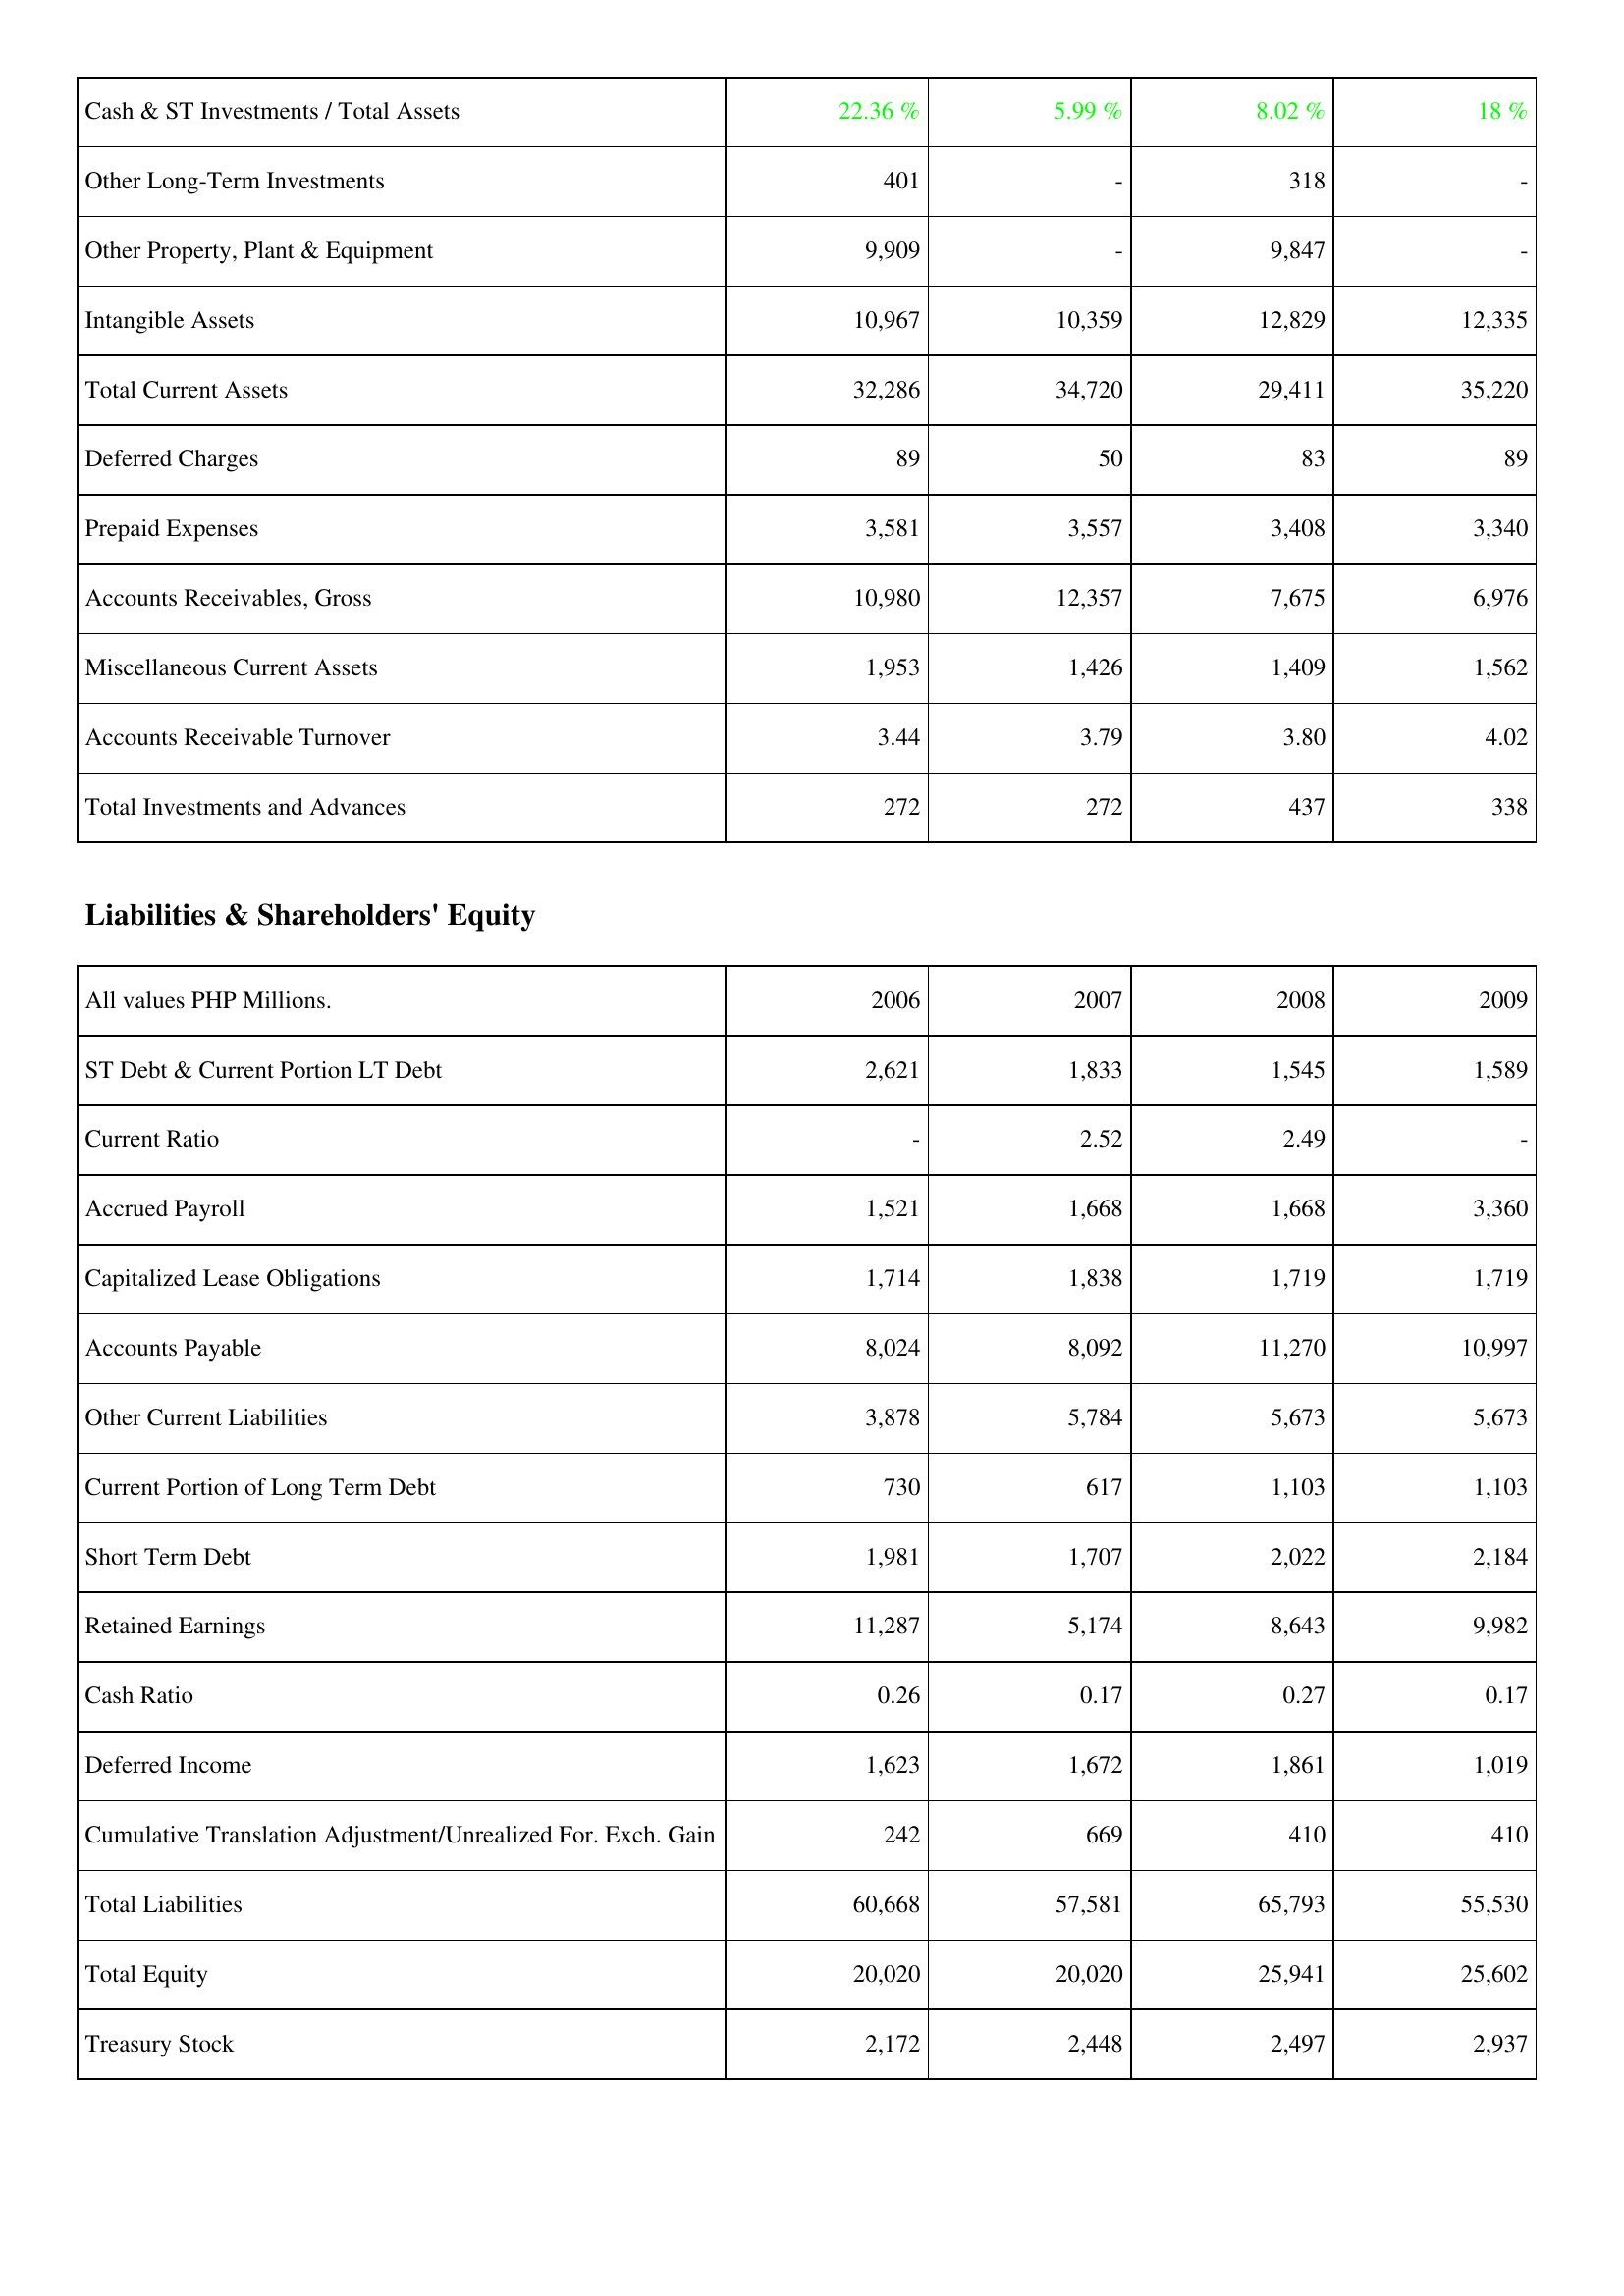
2006: Assets: Cash & ST Investments / Total Assets: 22.36 %
Other Long-Term Investments: 401
Other Property, Plant & Equipment: 9,909
Intangible Assets: 10,967
Total Current Assets: 32,286
Deferred Charges: 89
Prepaid Expenses: 3,581
Accounts Receivables, Gross: 10,980
Miscellaneous Current Assets: 1,953
Accounts Receivable Turnover: 3.44
Total Investments and Advances: 272
Liabilities & Shareholders' Equity: ST Debt & Current Portion LT Debt: 2,621
Current Ratio: -
Accrued Payroll: 1,521
Capitalized Lease Obligations: 1,714
Accounts Payable: 8,024
Other Current Liabilities: 3,878
Current Portion of Long Term Debt: 730
Short Term Debt: 1,981
Retained Earnings: 11,287
Cash Ratio: 0.26
Deferred Income: 1,623
Cumulative Translation Adjustment/Unrealized For. Exch. Gain: 242
Total Liabilities: 60,668
Total Equity: 20,020
Treasury Stock: 2,172
2007: Assets: Cash & ST Investments / Total Assets: 5.99 %
Other Long-Term Investments: -
Other Property, Plant & Equipment: -
Intangible Assets: 10,359
Total Current Assets: 34,720
Deferred Charges: 50
Prepaid Expenses: 3,557
Accounts Receivables, Gross: 12,357
Miscellaneous Current Assets: 1,426
Accounts Receivable Turnover: 3.79
Total Investments and Advances: 272
Liabilities & Shareholders' Equity: ST Debt & Current Portion LT Debt: 1,833
Current Ratio: 2.52
Accrued Payroll: 1,668
Capitalized Lease Obligations: 1,838
Accounts Payable: 8,092
Other Current Liabilities: 5,784
Current Portion of Long Term Debt: 617
Short Term Debt: 1,707
Retained Earnings: 5,174
Cash Ratio: 0.17
Deferred Income: 1,672
Cumulative Translation Adjustment/Unrealized For. Exch. Gain: 669
Total Liabilities: 57,581
Total Equity: 20,020
Treasury Stock: 2,448
2008: Assets: Cash & ST Investments / Total Assets: 8.02 %
Other Long-Term Investments: 318
Other Property, Plant & Equipment: 9,847
Intangible Assets: 12,829
Total Current Assets: 29,411
Deferred Charges: 83
Prepaid Expenses: 3,408
Accounts Receivables, Gross: 7,675
Miscellaneous Current Assets: 1,409
Accounts Receivable Turnover: 3.80
Total Investments and Advances: 437
Liabilities & Shareholders' Equity: ST Debt & Current Portion LT Debt: 1,545
Current Ratio: 2.49
Accrued Payroll: 1,668
Capitalized Lease Obligations: 1,719
Accounts Payable: 11,270
Other Current Liabilities: 5,673
Current Portion of Long Term Debt: 1,103
Short Term Debt: 2,022
Retained Earnings: 8,643
Cash Ratio: 0.27
Deferred Income: 1,861
Cumulative Translation Adjustment/Unrealized For. Exch. Gain: 410
Total Liabilities: 65,793
Total Equity: 25,941
Treasury Stock: 2,497
2009: Assets: Cash & ST Investments / Total Assets: 18 %
Other Long-Term Investments: -
Other Property, Plant & Equipment: -
Intangible Assets: 12,335
Total Current Assets: 35,220
Deferred Charges: 89
Prepaid Expenses: 3,340
Accounts Receivables, Gross: 6,976
Miscellaneous Current Assets: 1,562
Accounts Receivable Turnover: 4.02
Total Investments and Advances: 338
Liabilities & Shareholders' Equity: ST Debt & Current Portion LT Debt: 1,589
Current Ratio: -
Accrued Payroll: 3,360
Capitalized Lease Obligations: 1,719
Accounts Payable: 10,997
Other Current Liabilities: 5,673
Current Portion of Long Term Debt: 1,103
Short Term Debt: 2,184
Retained Earnings: 9,982
Cash Ratio: 0.17
Deferred Income: 1,019
Cumulative Translation Adjustment/Unrealized For. Exch. Gain: 410
Total Liabilities: 55,530
Total Equity: 25,602
Treasury Stock: 2,937